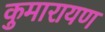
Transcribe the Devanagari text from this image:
कुमारायण